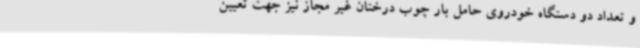
و تعداد دو دستگاه خودروی حامل بار چوب درختان غیر مجاز نیز جهت تعیین